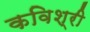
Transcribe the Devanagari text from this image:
कविश्री